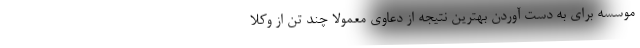
موسسه برای به دست آوردن بهترین نتیجه از دعاوی معمولا چند تن از وکلا